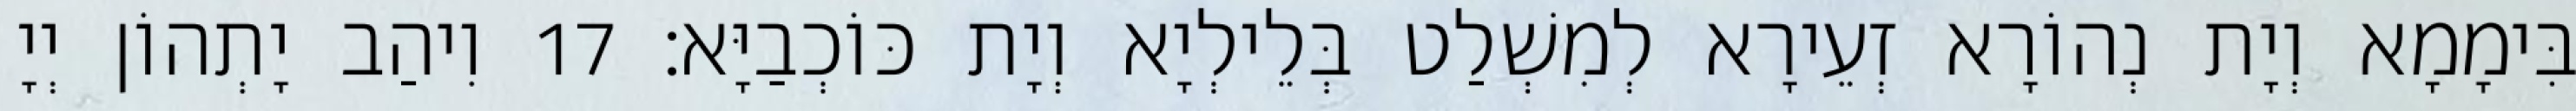
בִּימָמָא וְיָת נְהוֹרָא זְעֵירָא לְמִשְׁלַט בְּלֵילְיָא וְיָת כּוֹכְבַיָּא׃ 17 וִיהַב יָתְהוֹן יְיָ